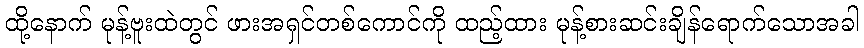
ထို့နောက် မုန့်ဗူးထဲတွင် ဖားအရှင်တစ်ကောင်ကို ထည့်ထား မုန့်စားဆင်းချိန်ရောက်သောအခါ